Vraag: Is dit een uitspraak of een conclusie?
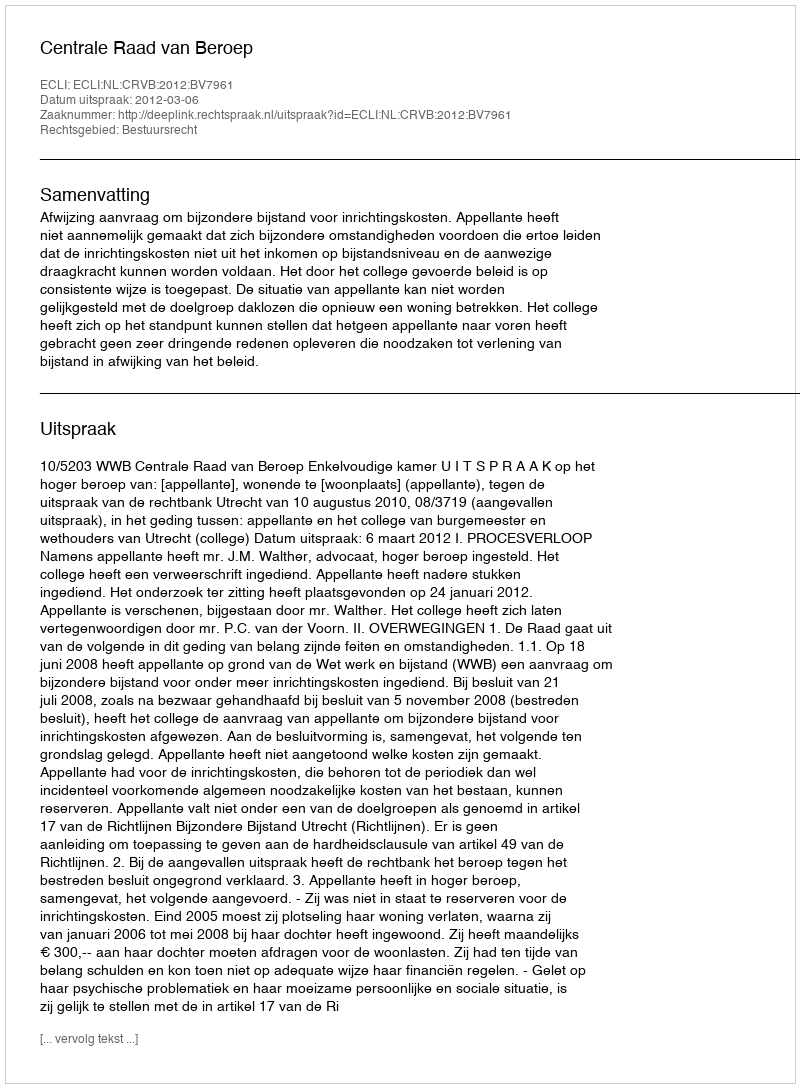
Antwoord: Uitspraak